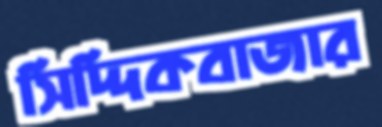
সিদ্দিকবাজার